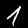
Digit: 1